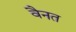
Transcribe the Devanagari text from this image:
वैनत